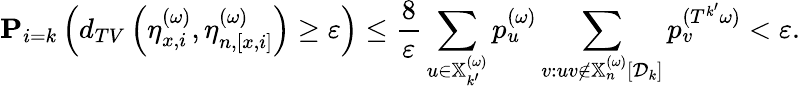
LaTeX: \mathbf P_{i=k}\left(d_{TV}\left(\eta_{x,i}^{(\omega)},\eta_{n,[x,i]}^{(\omega)}\right)\geq\varepsilon\right)\leq\frac{8}{\varepsilon}\sum_{u\in\mathbb{X}_{k^{\prime}}^{(\omega)}}p_{u}^{(\omega)}\sum_{v:uv\notin\mathbb{X}_{n}^{(\omega)}[{\mathcal D}_{k}]}p_{v}^{(T^{k^{\prime}}\omega)}<\varepsilon.